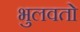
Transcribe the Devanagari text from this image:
भुलवतो